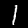
Label: 1